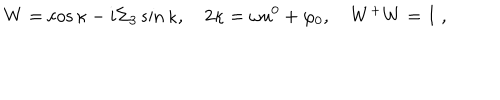
LaTeX: W = \cos \kappa - i \Sigma _ { 3 } \sin \kappa , \quad 2 \kappa = \omega u ^ { 0 } + \varphi _ { 0 } , \quad W ^ { + } W = I \; ,